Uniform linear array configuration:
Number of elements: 24
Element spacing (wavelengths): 0.75
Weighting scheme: hann
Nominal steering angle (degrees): -30
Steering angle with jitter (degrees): -31.239
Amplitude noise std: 0.05
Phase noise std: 0.05

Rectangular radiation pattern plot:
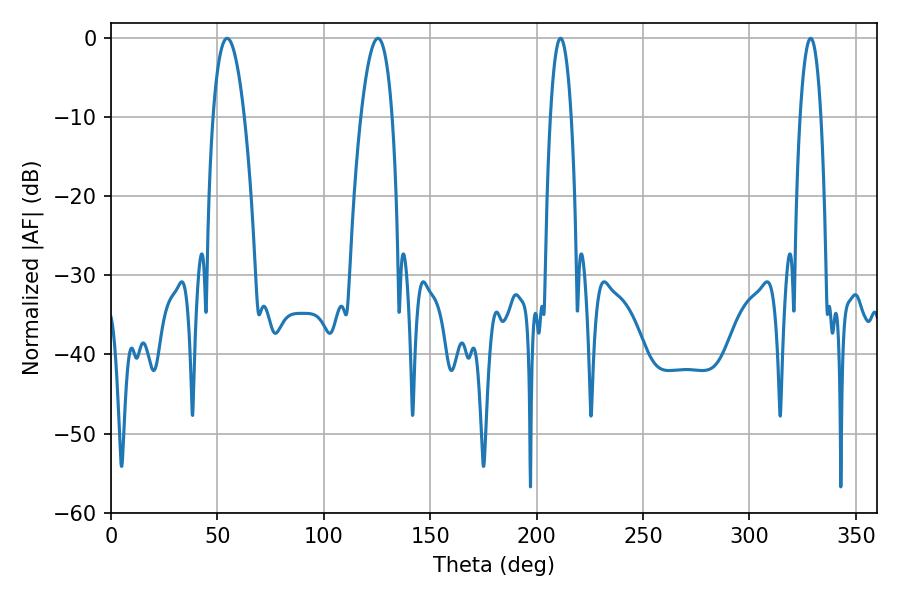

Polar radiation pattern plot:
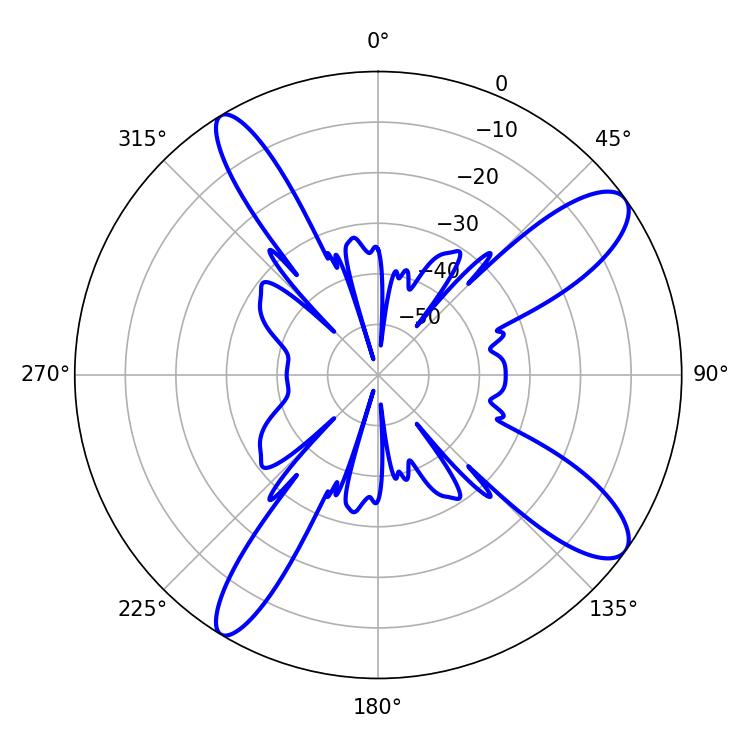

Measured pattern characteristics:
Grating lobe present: TRUE
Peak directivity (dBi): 11.455
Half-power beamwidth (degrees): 8.1
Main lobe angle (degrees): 54.54